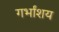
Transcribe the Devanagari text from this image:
गर्भांशय